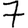
Digit: 7